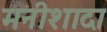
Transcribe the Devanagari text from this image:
मनीशादा